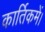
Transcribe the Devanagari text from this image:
कार्तिकमें।